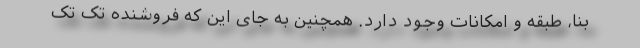
بنا، طبقه و امکانات وجود دارد. همچنین به جای این که فروشنده تک تک